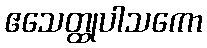
ဧသေတ္ထုပါသကော